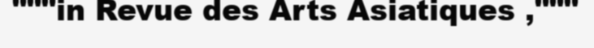
"""in Revue des Arts Asiatiques ,"""